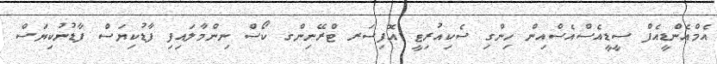
އެމްއެންޑީއެފް ސީޑީއެސްއެސްއިން ހިންގި ސެކިއުރިޓީ އޮފިސަރ ޓްރޭނިންގ ކޯސް ނިންމާލައިފި ފާޑުކިޔަސް ފާޑުނުކިޔަސް